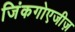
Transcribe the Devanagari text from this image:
जिंकगोएजीज़